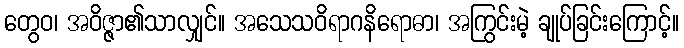
တွေဝ၊ အဝိဇ္ဇာ၏သာလျှင်။ အသေသဝိရာဂနိရောဓာ၊ အကြွင်းမဲ့ ချုပ်ခြင်းကြောင့်။